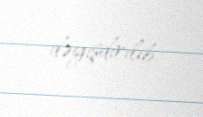
dəyişdirilib.